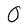
Character: O